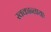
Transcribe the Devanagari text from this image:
स्वकान्तायाः